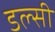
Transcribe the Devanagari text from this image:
डल्सी